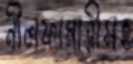
নীলফামারীসহ